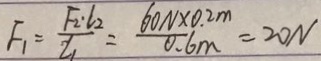
F _ { 1 } = \frac { F _ { 2 } \cdot l _ { 2 } } { l _ { 1 } } = \frac { 6 0 N \times 0 . 2 m } { 0 . 6 m } = 2 0 N